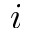
i